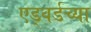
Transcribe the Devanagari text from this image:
एड्वर्डच्या